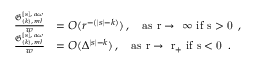
\begin{array} { r l } { \frac { \mathfrak { G } _ { ( k ) , \, m l } ^ { [ s ] , \, a \omega } } { w } } & { = O ( r ^ { - ( | s | - k ) } ) \, , \quad \mathrm { a s ~ r \to ~ \infty ~ i f ~ s > 0 ~ } \, , } \\ { \frac { \mathfrak { G } _ { ( k ) , \, m l } ^ { [ s ] , \, a \omega } } { w } } & { = O ( \Delta ^ { | s | - k } ) \, , \quad \mathrm { a s ~ r \to ~ r _ + ~ i f ~ s < 0 ~ } \, . } \end{array}